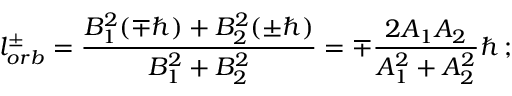
l _ { o r b } ^ { \pm } = \frac { B _ { 1 } ^ { 2 } ( \mp \hbar ) + B _ { 2 } ^ { 2 } ( \pm \hbar ) } { B _ { 1 } ^ { 2 } + B _ { 2 } ^ { 2 } } = \mp \frac { 2 A _ { 1 } A _ { 2 } } { A _ { 1 } ^ { 2 } + A _ { 2 } ^ { 2 } } \hbar \, ;